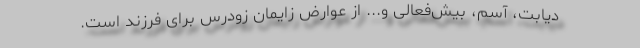
دیابت، آسم، بیش‌فعالی و... از عوارض زایمان زودرس برای فرزند است.